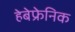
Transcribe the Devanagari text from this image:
हेबेफ्रेनिक